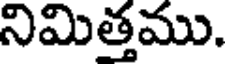
నిమిత్తము.